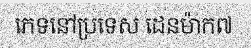
ភេទនៅប្រទេស ដេនម៉ាក៧